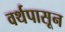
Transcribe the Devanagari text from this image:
वर्थपासून